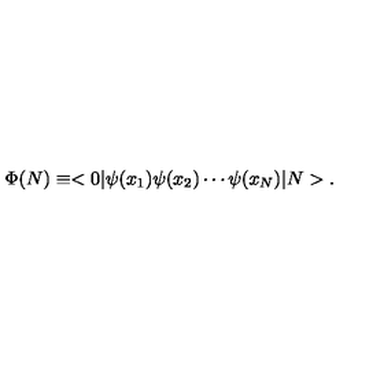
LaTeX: \Phi ( N ) \equiv < 0 \vert \psi ( x _ { 1 } ) \psi ( x _ { 2 } ) \cdots \psi ( x _ { N } ) \vert N > .